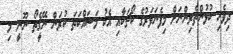
ދިވެހި ކުޅުންތެރިންނަށް މިފެނަވަރުގެ ކޯޗަކާއި އެކު މަސައްކަތަ ކުރަން ނޭގެީތޯ ނޫނީ މި